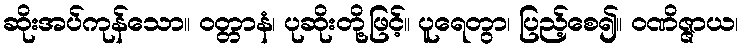
ဆိုးအပ်ကုန်သော။ ဝတ္တာနံ၊ ပုဆိုးတို့ဖြင့်။ ပူရေတွာ၊ ပြည့်စေ၍။ ဝဏိဇ္ဇာယ၊